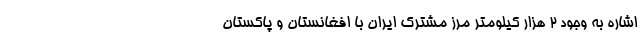
اشاره به وجود ۲ هزار کیلومتر مرز مشترک ایران با افغانستان و پاکستان